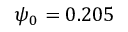
\psi _ { 0 } = 0 . 2 0 5